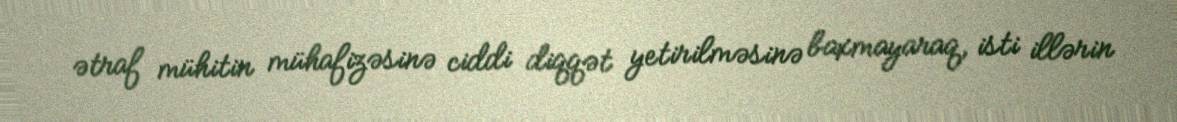
ətraf mühitin mühafizəsinə ciddi diqqət yetirilməsinə baxmayaraq, isti illərin